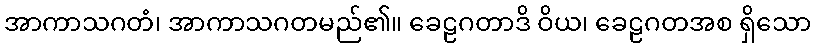
အာကာသဂတံ၊ အာကာသဂတမည်၏။ ခေဠဂတာဒိ ဝိယ၊ ခေဠဂတအစ ရှိသော